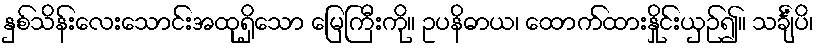
နှစ်သိန်းလေးသောင်းအထုရှိသော မြေကြီးကို။ ဥပနိဓာယ၊ ထောက်ထားနှိုင်းယှဉ်၍။ သင်္ချံပိ၊